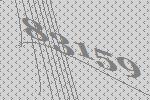
83159